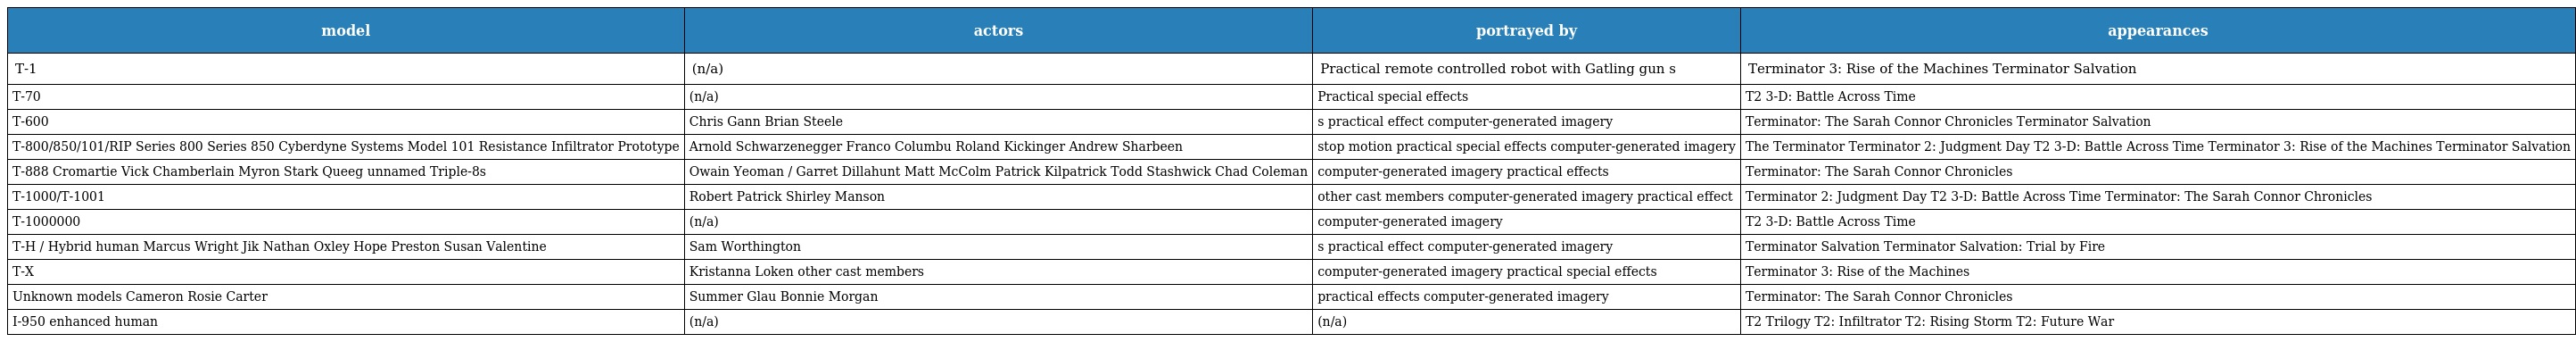
| model | actors | portrayed by | appearances |
 | --- | --- | --- | --- |
 | T-1 | (n/a) | Practical remote controlled robot with Gatling gun s | Terminator 3: Rise of the Machines Terminator Salvation |
 | T-70 | (n/a) | Practical special effects | T2 3-D: Battle Across Time |
 | T-600 | Chris Gann Brian Steele | s practical effect computer-generated imagery | Terminator: The Sarah Connor Chronicles Terminator Salvation |
 | T-800/850/101/RIP Series 800 Series 850 Cyberdyne Systems Model 101 Resistance Infiltrator Prototype | Arnold Schwarzenegger Franco Columbu Roland Kickinger Andrew Sharbeen | stop motion practical special effects computer-generated imagery | The Terminator Terminator 2: Judgment Day T2 3-D: Battle Across Time Terminator 3: Rise of the Machines Terminator Salvation |
 | T-888 Cromartie Vick Chamberlain Myron Stark Queeg unnamed Triple-8s | Owain Yeoman / Garret Dillahunt Matt McColm Patrick Kilpatrick Todd Stashwick Chad Coleman | computer-generated imagery practical effects | Terminator: The Sarah Connor Chronicles |
 | T-1000/T-1001 | Robert Patrick Shirley Manson | other cast members computer-generated imagery practical effect | Terminator 2: Judgment Day T2 3-D: Battle Across Time Terminator: The Sarah Connor Chronicles |
 | T-1000000 | (n/a) | computer-generated imagery | T2 3-D: Battle Across Time |
 | T-H / Hybrid human Marcus Wright Jik Nathan Oxley Hope Preston Susan Valentine | Sam Worthington | s practical effect computer-generated imagery | Terminator Salvation Terminator Salvation: Trial by Fire |
 | T-X | Kristanna Loken other cast members | computer-generated imagery practical special effects | Terminator 3: Rise of the Machines |
 | Unknown models Cameron Rosie Carter | Summer Glau Bonnie Morgan | practical effects computer-generated imagery | Terminator: The Sarah Connor Chronicles |
 | I-950 enhanced human | (n/a) | (n/a) | T2 Trilogy T2: Infiltrator T2: Rising Storm T2: Future War |